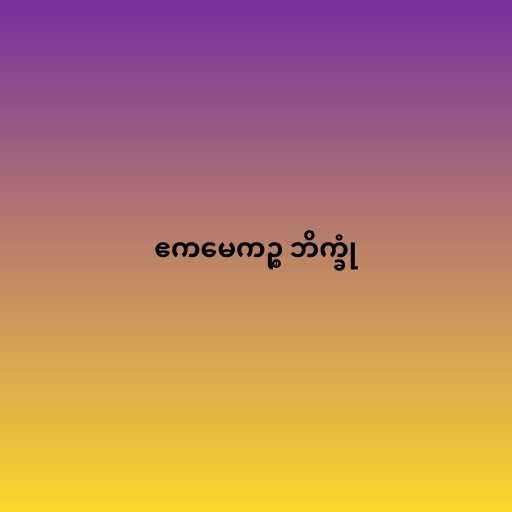
ဧကမေကဉ္စ ဘိက္ခုံ